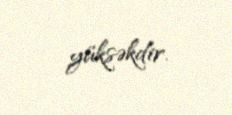
yüksəkdir.